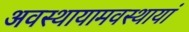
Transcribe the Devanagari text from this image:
अवस्थायामवस्थायां